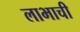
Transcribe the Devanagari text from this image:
लाभाची